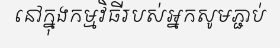
នៅក្នុងកម្មវិធីរបស់អ្នកសូមភ្ជាប់